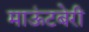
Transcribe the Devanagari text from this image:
माऊंटबेरी